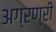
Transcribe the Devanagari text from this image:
अग्रण्री